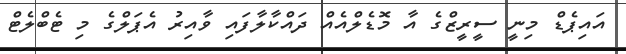
އައިޕެޑް މިނީ ސީރީޒްގެ އާ މޮޑެލްއެއް ދައްކާލާފައި ވާއިރު އެޕަލްގެ މި ޓެބްލެޓް